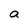
Character: a